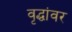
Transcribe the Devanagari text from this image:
वृद्धांवर